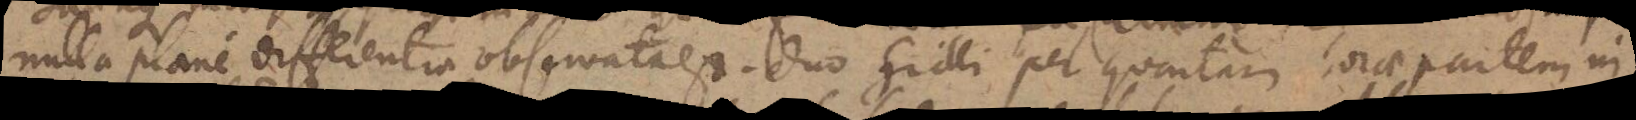
nulla plane differentia observata est. Duo Grilli per quartam horae partem in